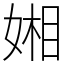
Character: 㜀